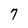
Character: 7